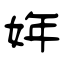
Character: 姩